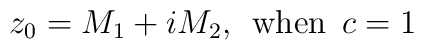
z_0 = M_1 + iM_2 {\rm, \hskip 0.2cm when \hskip 0.2 cm} c = 1